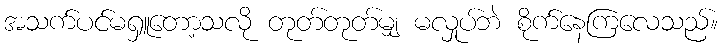
အသက်ပင်မရှူတော့သလို တုတ်တုတ်မျှ မလှုပ်ဘဲ စိုက်နေကြလေသည်။